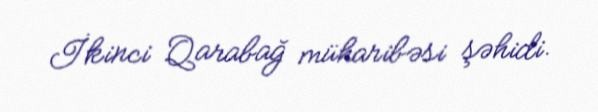
İkinci Qarabağ müharibəsi şəhidi.